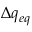
\Delta q _ { e q }